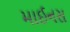
માઈનસ